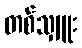
တစ်သျှူး